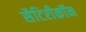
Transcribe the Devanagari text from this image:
सैटिरीकॉन